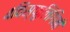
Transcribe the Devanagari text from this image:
४विस्फुलिंगिनी